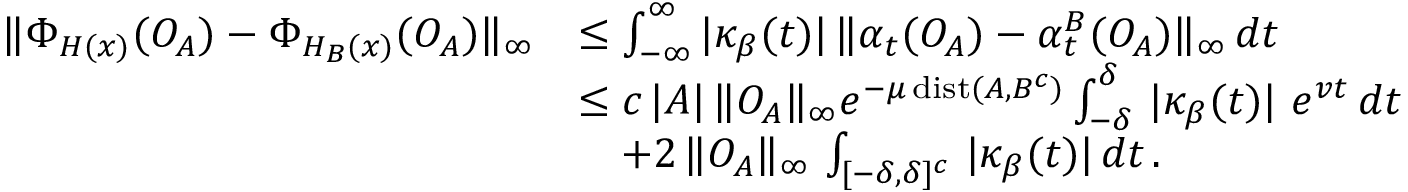
\begin{array} { r l } { \| \Phi _ { H ( x ) } ( O _ { A } ) - \Phi _ { H _ { B } ( x ) } ( O _ { A } ) \| _ { \infty } } & { \le \int _ { - \infty } ^ { \infty } | \kappa _ { \beta } ( t ) | \, \| \alpha _ { t } ( O _ { A } ) - \alpha _ { t } ^ { B } ( O _ { A } ) \| _ { \infty } \, d t } \\ & { \le c \, | A | \, \| O _ { A } \| _ { \infty } e ^ { - \mu \operatorname { d i s t } ( A , B ^ { c } ) } \int _ { - \delta } ^ { \delta } \, | \kappa _ { \beta } ( t ) | \, \, e ^ { v t } \, d t } \\ & { \quad + 2 \, \| O _ { A } \| _ { \infty } \, \int _ { [ - \delta , \delta ] ^ { c } } \, | \kappa _ { \beta } ( t ) | \, d t \, . } \end{array}